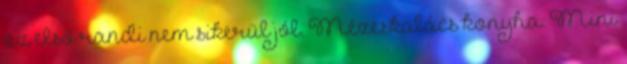
az első randi nem sikerül jól. Mézeskalács konyha: Mini